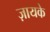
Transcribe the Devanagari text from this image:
ज़ायके